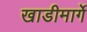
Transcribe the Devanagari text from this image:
खाडीमार्गे